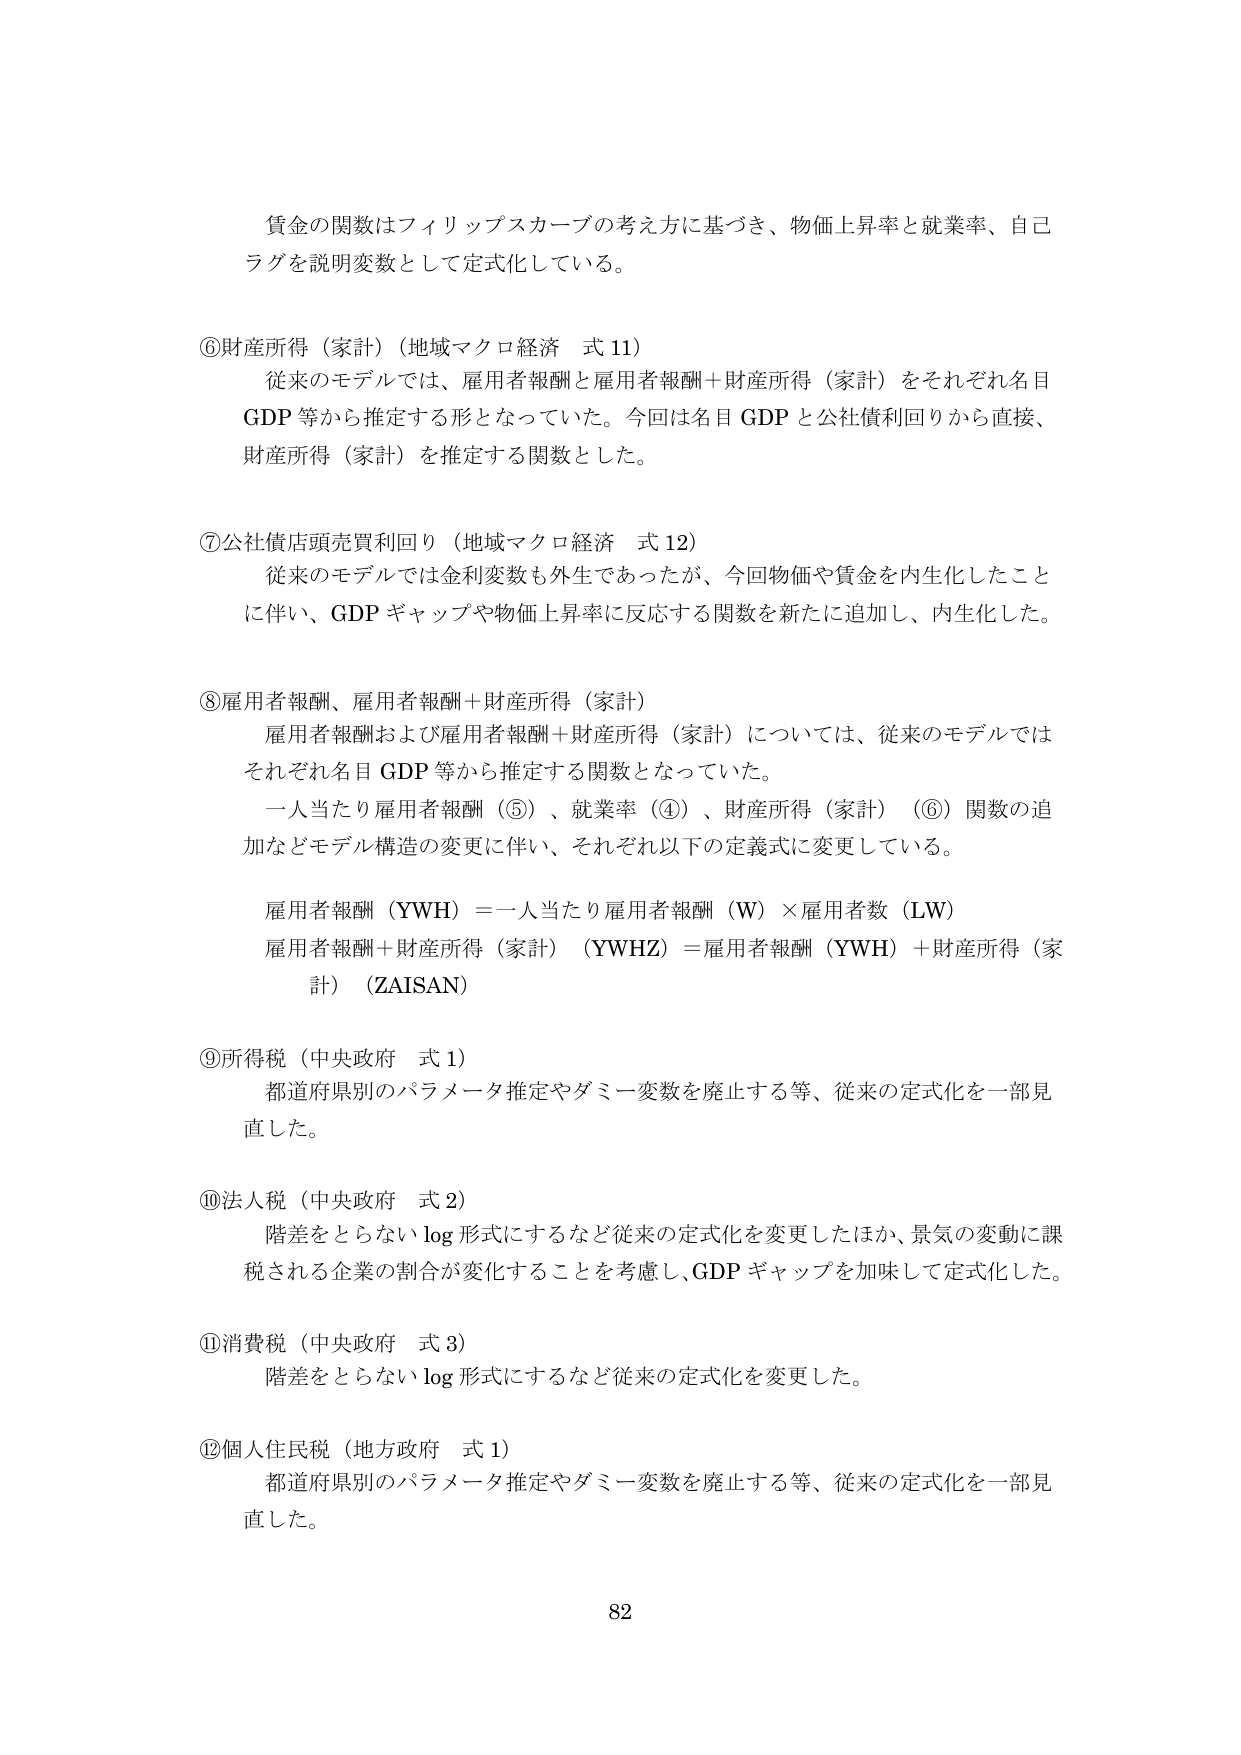
賃金の関数はフィリップスカーブの考え方に基づき、物価上昇率と就業率、自己ラグを説明変数として定式化している。

⑥財産所得（家計）（地域マクロ経済 式 11）
従来のモデルでは、雇用者報酬と雇用者報酬＋財産所得（家計）をそれぞれ名目GDP等から推定する形となっていた。今回は名目GDPと公社債利回りから直接、財産所得（家計）を推定する関数とした。

⑦公社債店頭売買利回り（地域マクロ経済 式 12）
従来のモデルでは金利変数も外生であったが、今回物価や賃金を内生化したこと に伴い、GDPギャップや物価上昇率に反応する関数を新たに追加し、内生化した。

⑧雇用者報酬、雇用者報酬＋財産所得（家計）
雇用者報酬および雇用者報酬＋財産所得（家計）については、従来のモデルではそれぞれ名目GDP等から推定する関数となっていた。
一人当たり雇用者報酬（⑤）、就業率（④）、財産所得（家計）（⑥）関数の追加などモデル構造の変更に伴い、それぞれ以下の定義式に変更している。
雇用者報酬（YWH）＝一人当たり雇用者報酬（W）×雇用者数（LW）
雇用者報酬＋財産所得（家計）（YWHZ）＝雇用者報酬（YWH）＋財産所得（家計）（ZAISAN）

⑨所得税（中央政府 式 1）
都道府県別のパラメータ推定やダミー変数を廃止する等、従来の定式化を一部見直した。

⑩法人税（中央政府 式 2）
階差をとらないlog形式にするなど従来の定式化を変更したほか、景気の変動に課税される企業の割合が変化することを考慮し、GDPギャップを加味して定式化した。

⑪消費税（中央政府 式 3）
階差をとらないlog形式にするなど従来の定式化を変更した。

⑫個人住民税（地方政府 式 1）
都道府県別のパラメータ推定やダミー変数を廃止する等、従来の定式化を一部見直した。

82